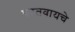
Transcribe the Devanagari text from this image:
परतवायचे